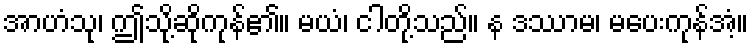
အာဟံသု၊ ဤသို့ဆိုကုန်၏။ မယံ၊ ငါတို့သည်။ န ဒဿာမ၊ မပေးကုန်အံ့။